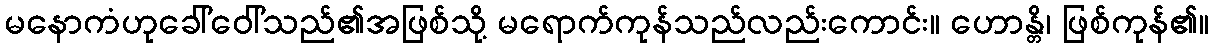
မနောကံဟုခေါ်ဝေါ်သည်၏အဖြစ်သို့ မရောက်ကုန်သည်လည်းကောင်း။ ဟောန္တိ၊ ဖြစ်ကုန်၏။